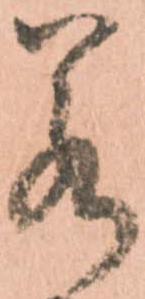
若